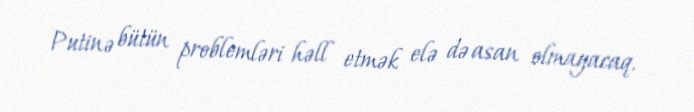
Putinə bütün problemləri həll etmək elə də asan olmayacaq.